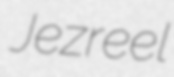
Jezreel